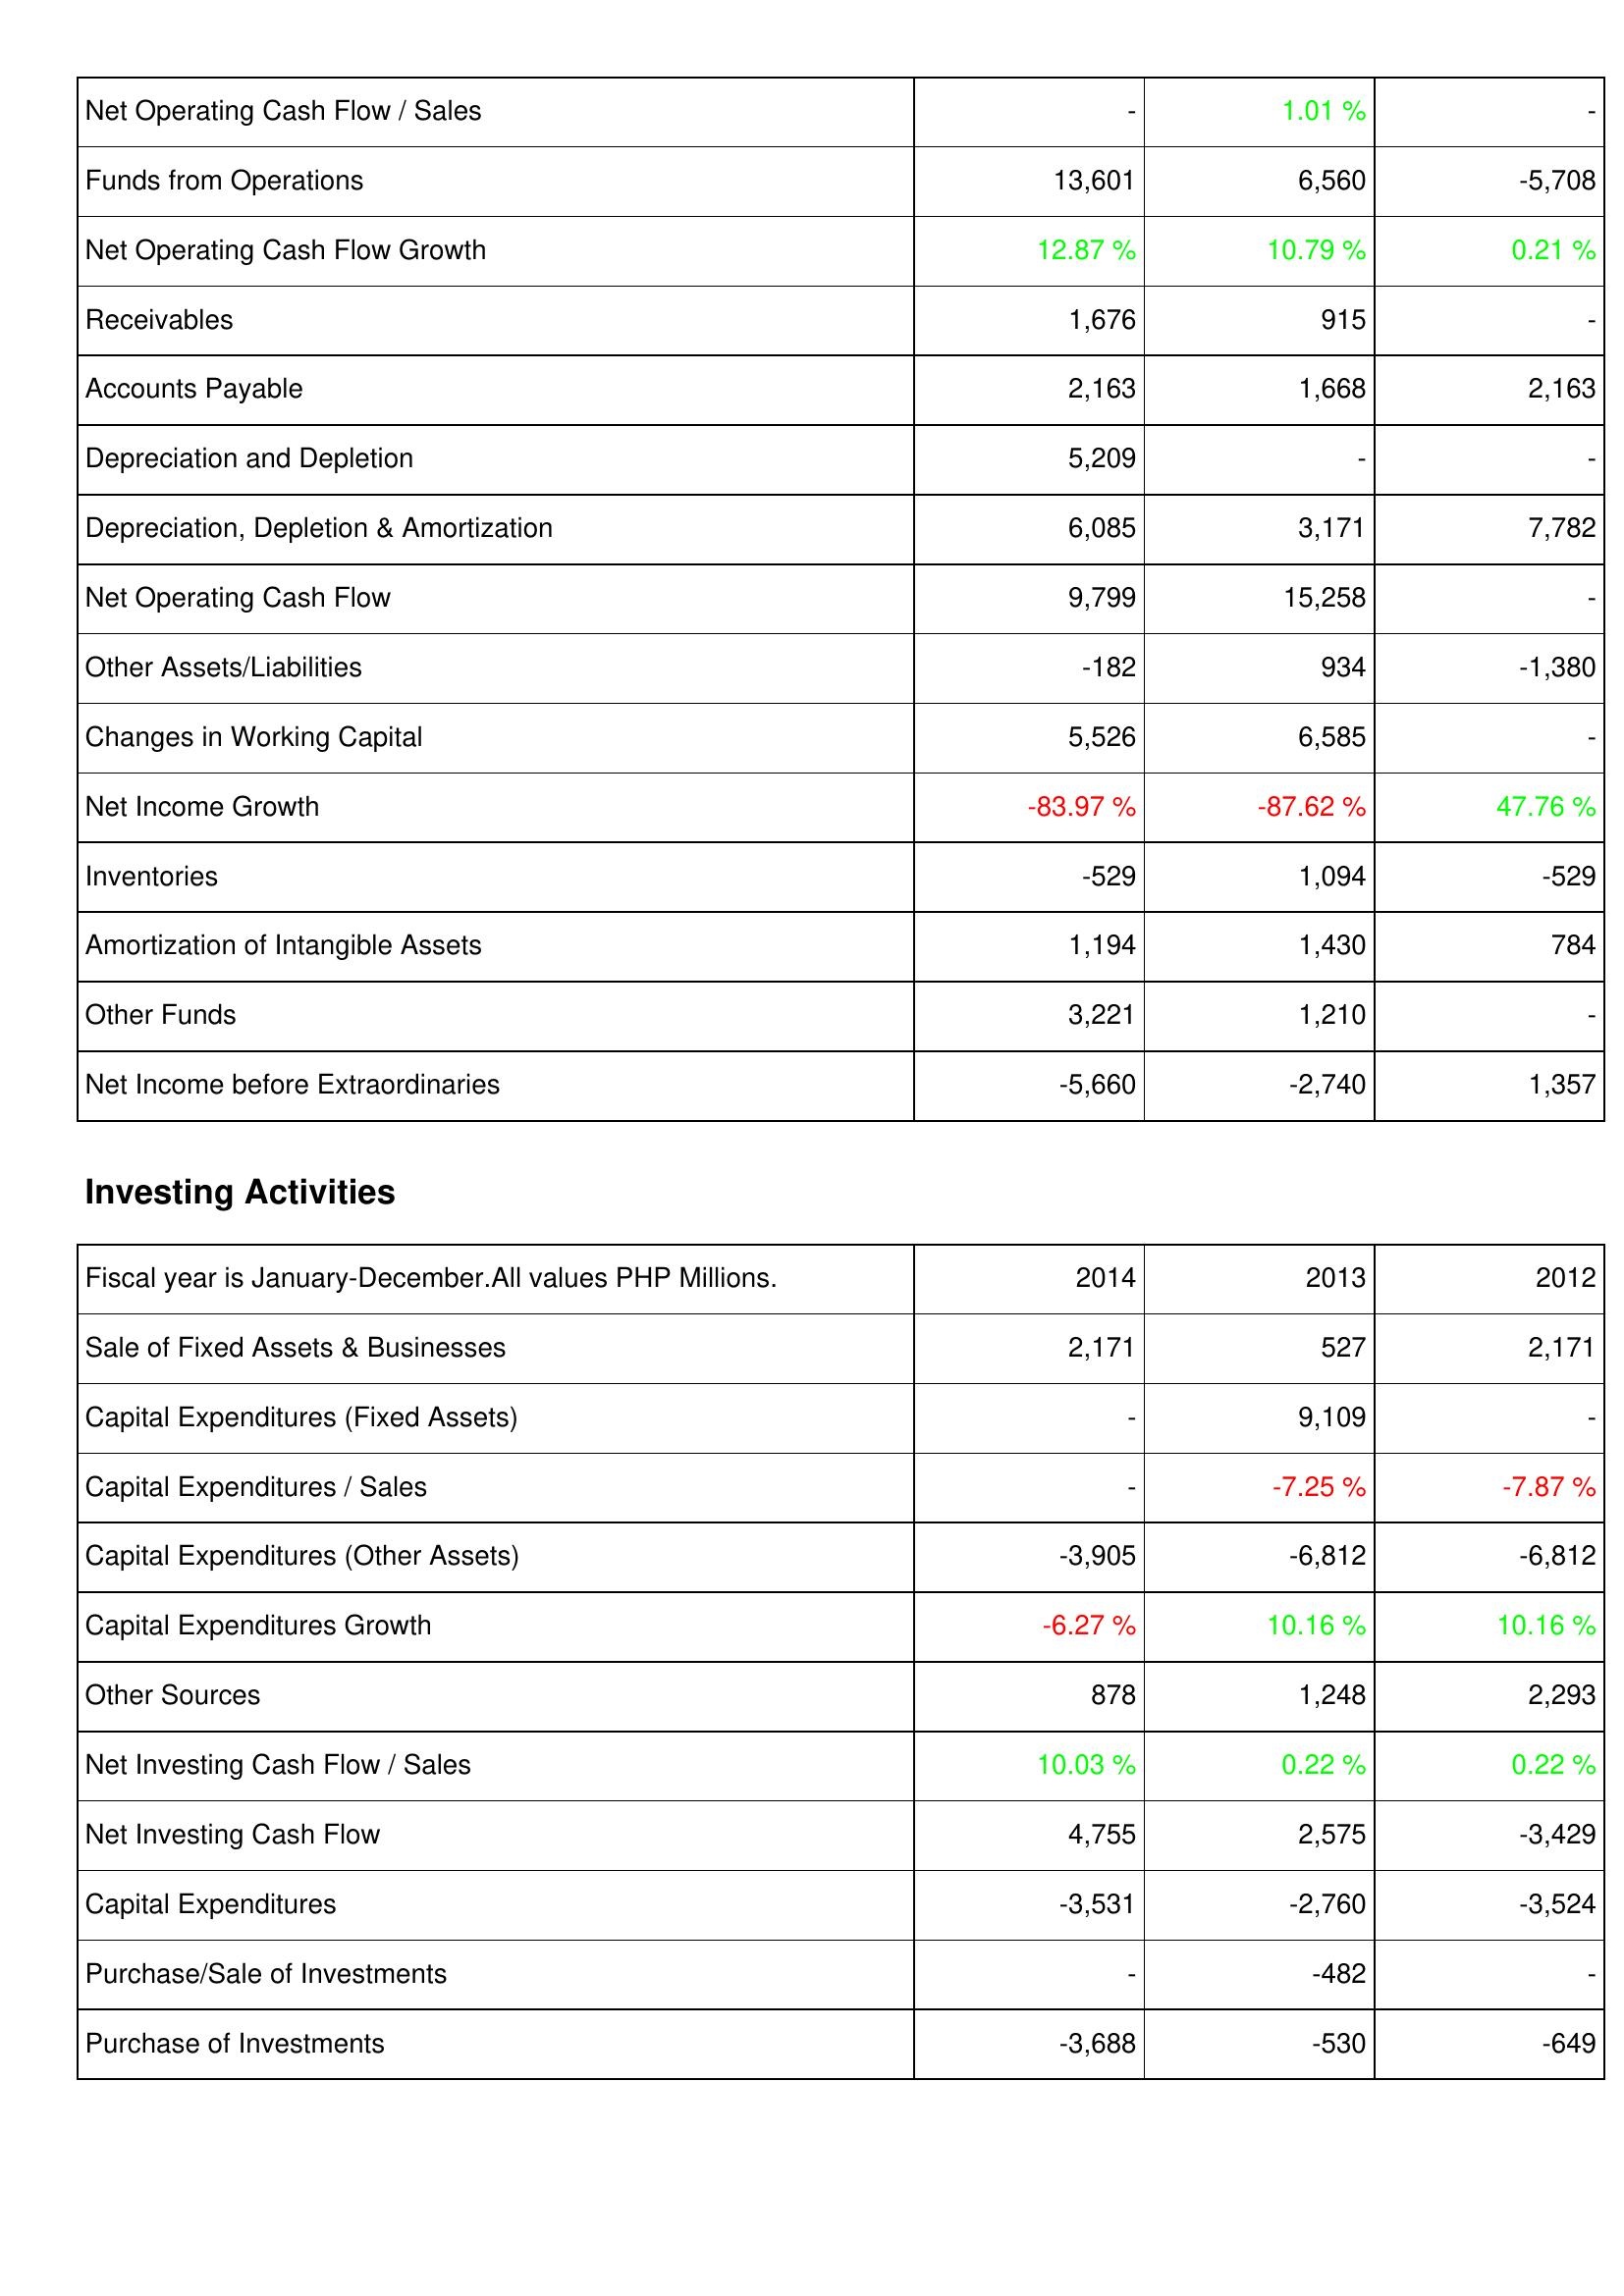
2014: Operating Activities: Net Operating Cash Flow / Sales: -
Funds from Operations: 13,601
Net Operating Cash Flow Growth: 12.87 %
Receivables: 1,676
Accounts Payable: 2,163
Depreciation and Depletion: 5,209
Depreciation, Depletion & Amortization: 6,085
Net Operating Cash Flow: 9,799
Other Assets/Liabilities: -182
Changes in Working Capital: 5,526
Net Income Growth: -83.97 %
Inventories: -529
Amortization of Intangible Assets: 1,194
Other Funds: 3,221
Net Income before Extraordinaries: -5,660
Investing Activities: Sale of Fixed Assets & Businesses: 2,171
Capital Expenditures (Fixed Assets): -
Capital Expenditures / Sales: -
Capital Expenditures (Other Assets): -3,905
Capital Expenditures Growth: -6.27 %
Other Sources: 878
Net Investing Cash Flow / Sales: 10.03 %
Net Investing Cash Flow: 4,755
Capital Expenditures: -3,531
Purchase/Sale of Investments: -
Purchase of Investments: -3,688
2013: Operating Activities: Net Operating Cash Flow / Sales: 1.01 %
Funds from Operations: 6,560
Net Operating Cash Flow Growth: 10.79 %
Receivables: 915
Accounts Payable: 1,668
Depreciation and Depletion: -
Depreciation, Depletion & Amortization: 3,171
Net Operating Cash Flow: 15,258
Other Assets/Liabilities: 934
Changes in Working Capital: 6,585
Net Income Growth: -87.62 %
Inventories: 1,094
Amortization of Intangible Assets: 1,430
Other Funds: 1,210
Net Income before Extraordinaries: -2,740
Investing Activities: Sale of Fixed Assets & Businesses: 527
Capital Expenditures (Fixed Assets): 9,109
Capital Expenditures / Sales: -7.25 %
Capital Expenditures (Other Assets): -6,812
Capital Expenditures Growth: 10.16 %
Other Sources: 1,248
Net Investing Cash Flow / Sales: 0.22 %
Net Investing Cash Flow: 2,575
Capital Expenditures: -2,760
Purchase/Sale of Investments: -482
Purchase of Investments: -530
2012: Operating Activities: Net Operating Cash Flow / Sales: -
Funds from Operations: -5,708
Net Operating Cash Flow Growth: 0.21 %
Receivables: -
Accounts Payable: 2,163
Depreciation and Depletion: -
Depreciation, Depletion & Amortization: 7,782
Net Operating Cash Flow: -
Other Assets/Liabilities: -1,380
Changes in Working Capital: -
Net Income Growth: 47.76 %
Inventories: -529
Amortization of Intangible Assets: 784
Other Funds: -
Net Income before Extraordinaries: 1,357
Investing Activities: Sale of Fixed Assets & Businesses: 2,171
Capital Expenditures (Fixed Assets): -
Capital Expenditures / Sales: -7.87 %
Capital Expenditures (Other Assets): -6,812
Capital Expenditures Growth: 10.16 %
Other Sources: 2,293
Net Investing Cash Flow / Sales: 0.22 %
Net Investing Cash Flow: -3,429
Capital Expenditures: -3,524
Purchase/Sale of Investments: -
Purchase of Investments: -649